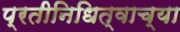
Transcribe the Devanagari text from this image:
प्रतीनिधित्वाच्या